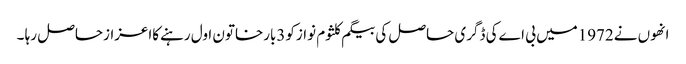
انھوں نے1972میں بی اےکی ڈگری حاصل کی بیگم کلثوم نوازکو3بارخاتون اول رہنےکااعزازحاصل رہا ۔